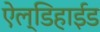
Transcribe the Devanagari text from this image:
ऐल्डिहाईड